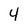
Character: 4